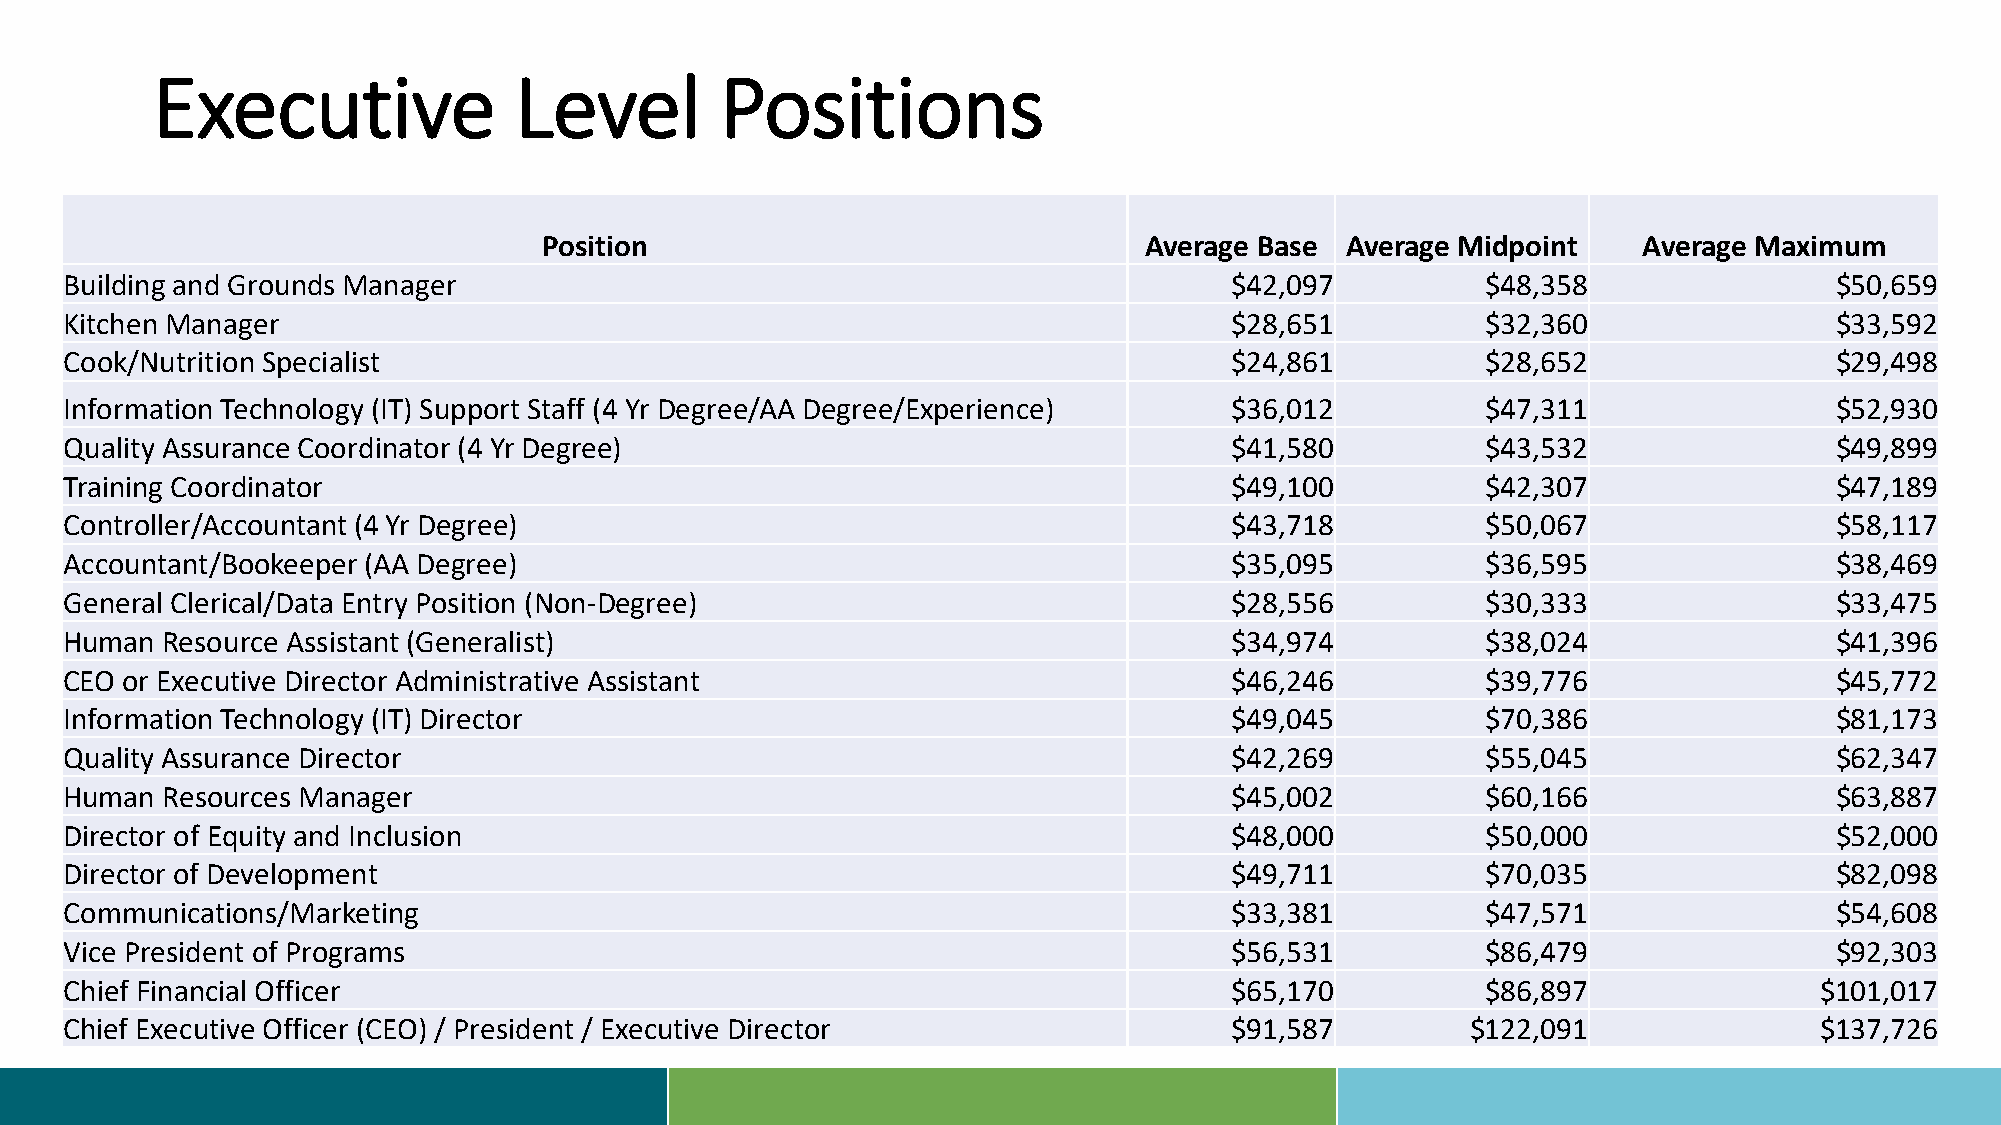
Executive               Level         Positions
 Position                                Average Base Average Midpoint    Average Maximum
 Building and Grounds Manager                                                 $42,097          $48,358                $50,659
 Kitchen Manager                                                              $28,651          $32,360                $33,592
 Cook/Nutrition Specialist                                                    $24,861          $28,652                $29,498
 Information Technology (IT) Support Staff (4 Yr Degree/AA Degree/Experience) $36,012          $47,311                $52,930
 Quality Assurance Coordinator (4 Yr Degree)                                  $41,580          $43,532                $49,899
 Training Coordinator                                                         $49,100          $42,307                $47,189
 Controller/Accountant (4 Yr Degree)                                          $43,718          $50,067                $58,117
 Accountant/Bookeeper (AA Degree)                                             $35,095          $36,595                $38,469
 General Clerical/Data Entry Position (Non-Degree)                            $28,556          $30,333                $33,475
 Human  Resource Assistant (Generalist)                                       $34,974          $38,024                $41,396
 CEO or Executive Director Administrative Assistant                           $46,246          $39,776                $45,772
 Information Technology (IT) Director                                         $49,045          $70,386                $81,173
 Quality Assurance Director                                                   $42,269          $55,045                $62,347
 Human  Resources Manager                                                     $45,002          $60,166                $63,887
 Director of Equity and Inclusion                                             $48,000          $50,000                $52,000
 Director of Development                                                      $49,711          $70,035                $82,098
 Communications/Marketing                                                     $33,381          $47,571                $54,608
 Vice President of Programs                                                   $56,531          $86,479                $92,303
 Chief Financial Officer                                                      $65,170          $86,897               $101,017
 Chief Executive Officer (CEO) / President / Executive Director               $91,587         $122,091               $137,726